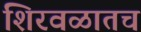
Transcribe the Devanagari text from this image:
शिरवळातच